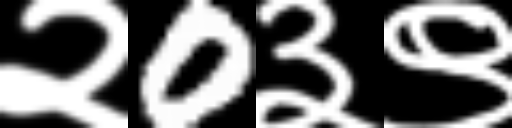
Text: २0३९